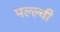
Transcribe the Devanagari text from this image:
पल्ल्वी